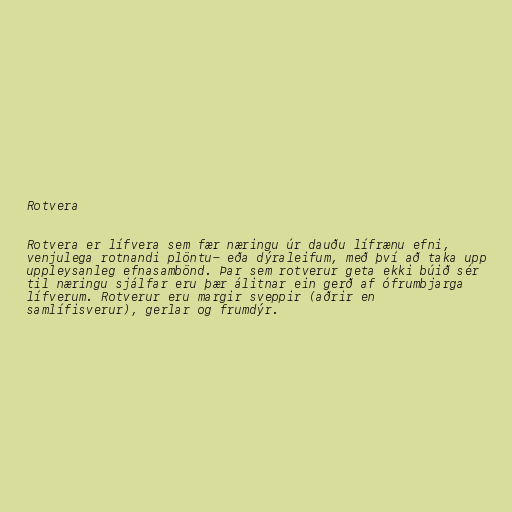
Rotvera

Rotvera er lífvera sem fær næringu úr dauðu lífrænu efni,
venjulega rotnandi plöntu- eða dýraleifum, með því að taka upp
uppleysanleg efnasambönd. Þar sem rotverur geta ekki búið sér
til næringu sjálfar eru þær álitnar ein gerð af ófrumbjarga
lífverum. Rotverur eru margir sveppir (aðrir en
samlífisverur), gerlar og frumdýr.